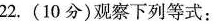
22.(10分)观察下列等式：